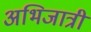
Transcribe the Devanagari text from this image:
अभिजात्री